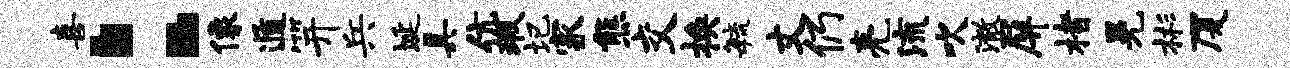
喜：像遁笄兵埏具伉瑕圮家熊交换敏丈仍亮流吹澈屏楮晃彬厦